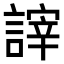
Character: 𧪹